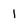
Character: l